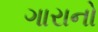
ગારાનો